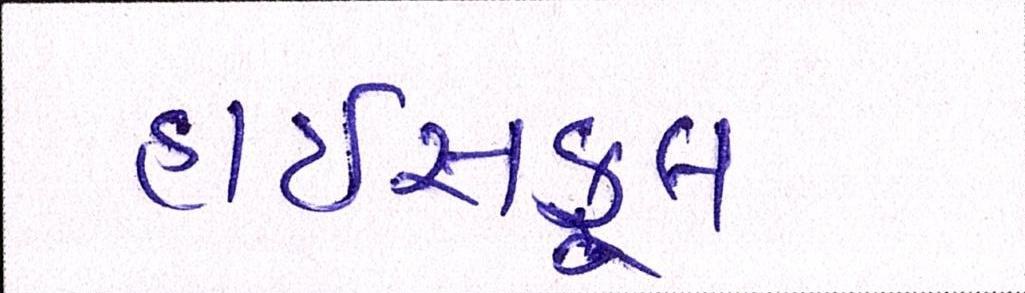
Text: હાઉસફૂલ